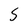
Character: 5